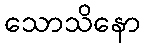
သောသိနော